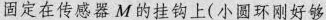
固定在传感器M的挂钩上(小圆环刚好够